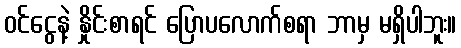
ဝင်ငွေနဲ့ နှိုင်းစာရင် ပြောပလောက်စရာ ဘာမှ မရှိပါဘူး။